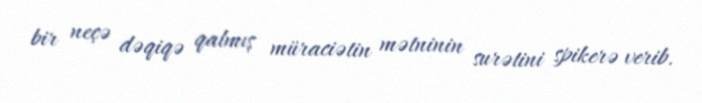
bir neçə dəqiqə qalmış müraciətin mətninin surətini spikerə verib.